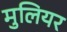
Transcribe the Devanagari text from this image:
मुलियर